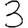
Digit: 3